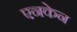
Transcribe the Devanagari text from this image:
एनकेन